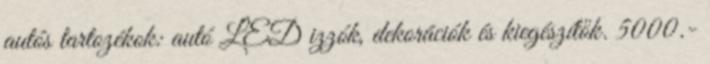
autós tartozékok: autó LED izzók, dekorációk és kiegészítők. 5000.-